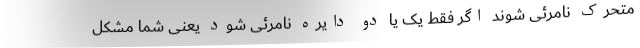
متحرک نامرئی شوند اگر فقط یک یا دو دایره نامرئی شود یعنی شما مشکل